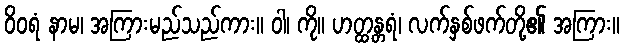
ဝိဝရံ နာမ၊ အကြားမည်သည်ကား။ ဝါ၊ ကို။ ဟတ္ထန္တရံ၊ လက်နှစ်ဖက်တို့၏ အကြား။